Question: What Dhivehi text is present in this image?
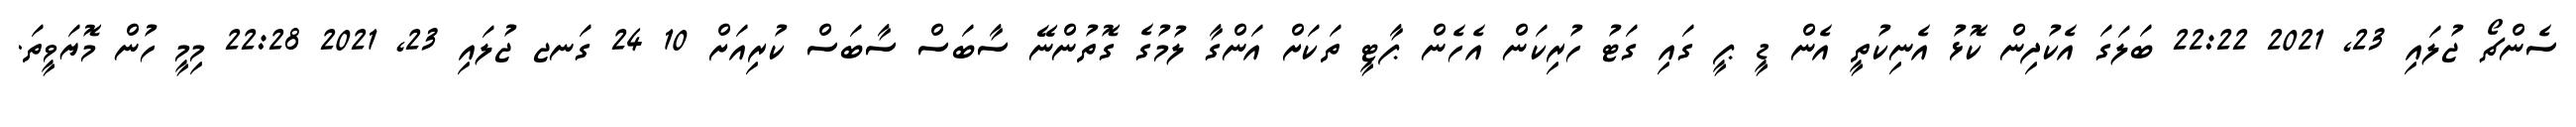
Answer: ސެންޗޯ ޖުލައި 23, 2021 22:22 ބަލަގަ އެކުދިން ކޮޅު އެނިކުތީ އެން ޑީ ޕީ ގައި ގަޓު ހުރިކަން އެހެން ޕާޓީ ތަކަށް އަންގާ ލުމުގެ ގޮތުންނޭ ސާބަސް ސާބަސް ކުރިއަށް 10 24 ގަނޖ ޖުލައި 23, 2021 22:28 މިމީ ހުން މޮޔަވީތަ.